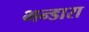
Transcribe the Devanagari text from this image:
भन्डारा